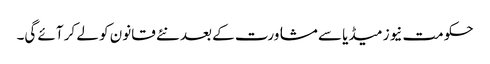
حکومت نیوز میڈیا سے مشاورت کے بعد نئے قانون کو لے کر آئے گی۔